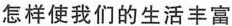
怎样使我们的生活丰富